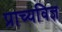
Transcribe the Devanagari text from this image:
प्राच्यविज्ञ